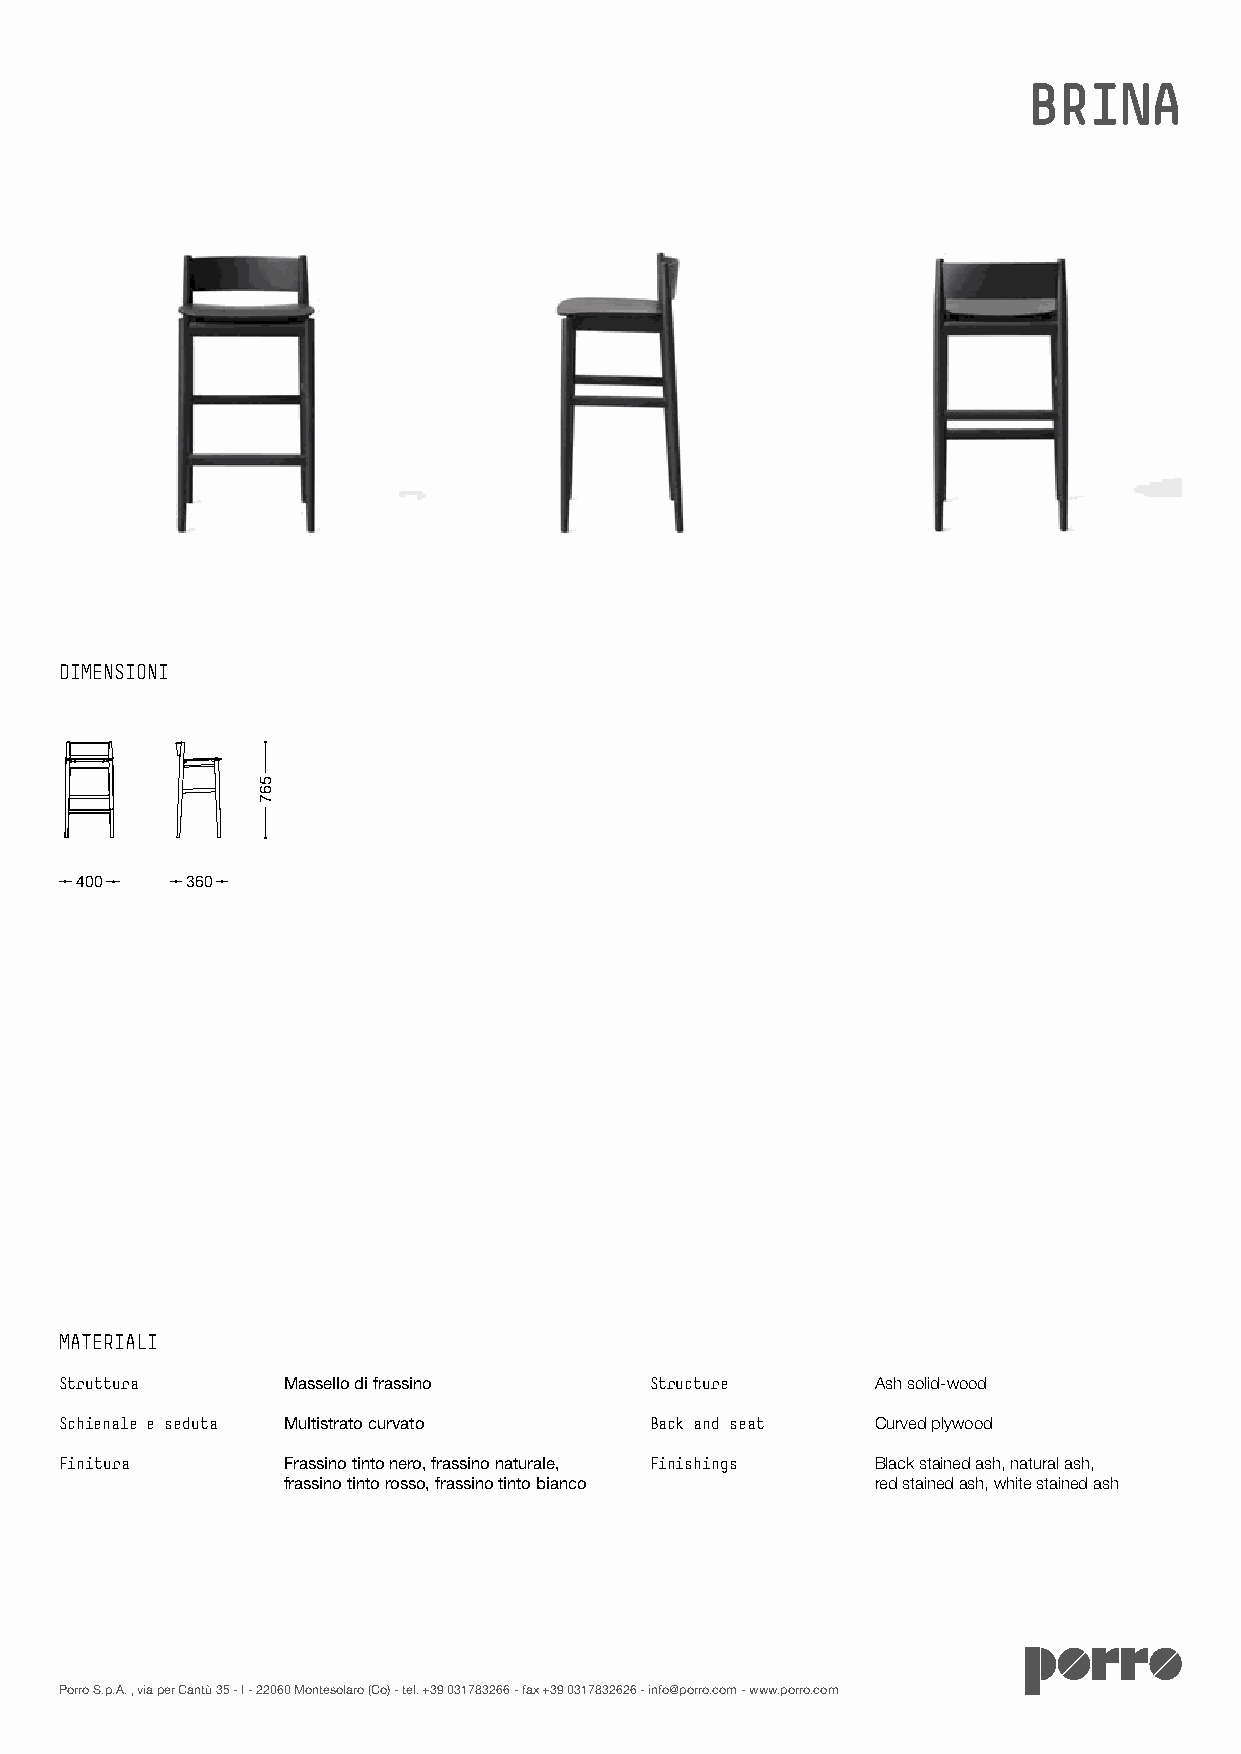
BRINA
 DIMENSIONI
 400    360
 MATERIALI
 Struttura      Massello di frassino    Structure      Ash solid-wood
 Schienale e seduta Multistrato curvato Back and seat  Curved plywood
 Finitura       Frassino tinto nero, frassino naturale, Finishings Black stained ash, natural ash,
 frassino tinto rosso, frassino tinto bianco red stained ash, white stained ash
 Porro S.p.A. , via per Cantù 35 - I - 22060 Montesolaro (Co) - tel. +39 031783266 - fax +39 0317832626 - info@porro.com - www.porro.com
 567